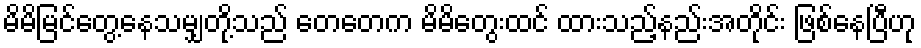
မိမိမြင်တွေ့နေသမျှတို့သည် တေတေက မိမိတွေးထင် ထားသည့်နည်းအတိုင်း ဖြစ်နေပြီဟု